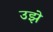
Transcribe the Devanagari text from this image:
उझे